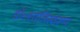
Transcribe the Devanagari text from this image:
डॉ॰शांतिस्वरूप